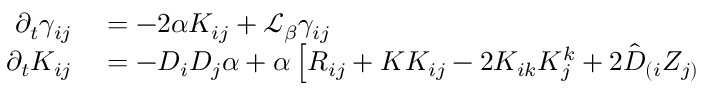
\begin{array} { r l } { \partial _ { t } \gamma _ { i j } } & { { } = - 2 \alpha K _ { i j } + \mathcal { L } _ { \beta } \gamma _ { i j } } \\ { \partial _ { t } K _ { i j } } & { { } = - D _ { i } D _ { j } \alpha + \alpha \left[ R _ { i j } + K K _ { i j } - 2 K _ { i k } K _ { j } ^ { k } + 2 \hat { D } _ { ( i } Z _ { j ) } \right. } \end{array}